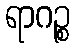
ရာဂဉ္စ